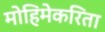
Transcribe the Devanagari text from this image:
मोहिमेकरिता